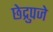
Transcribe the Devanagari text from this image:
छेद्रुपजे